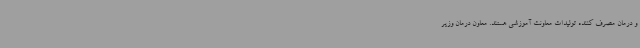
و درمان مصرف کننده تولیدات معاونت آموزشی هستند. معاون درمان وزیر